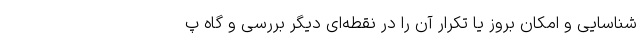
شناسایی و امکان بروز یا تکرار آن را در نقطه‌ای دیگر بررسی و گاه پ